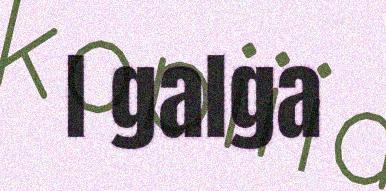
I galga